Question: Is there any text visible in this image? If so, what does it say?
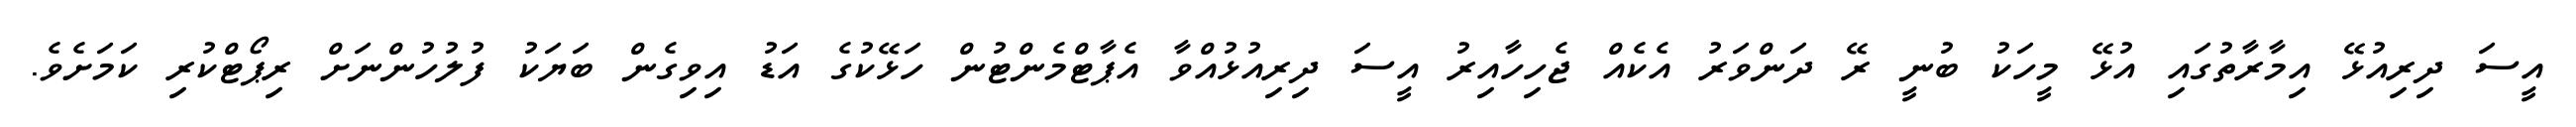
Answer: އީސަ ދިރިއުޅޭ އިމާރާތުގައި އުޅޭ މީހަކު ބުނީ ރޭ ދަންވަރު އެކެއް ޖެހިހާއިރު އީސަ ދިރިއުޅުއްވާ އެޕާޓްމެންޓުން ހަޅޭކުގެ އަޑު އިވިގެން ބަޔަކު ފުލުހުންނަށް ރިޕޯޓްކުރި ކަމަށެވެ.